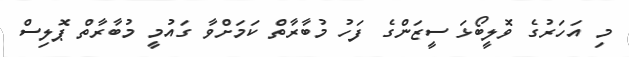
މި އަހަރުގެ ވޮލީބޯޅަ ސީޒަންގެ ފަހު މުބާރާތް ކަމަށްވާ ގައުމީ މުބާރާތް ޕޮލިސް